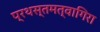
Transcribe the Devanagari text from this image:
प्रथस्तमत्वागिरा